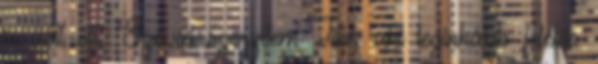
is volt ott. Szóval szerintem Tibi, aki leginkább felelős